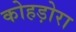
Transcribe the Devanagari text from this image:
कोहड़ोरा